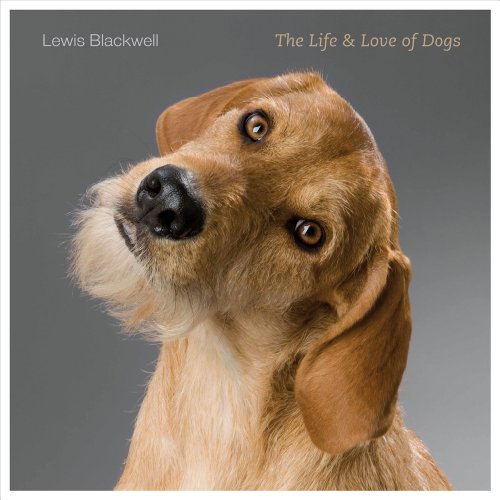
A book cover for The Life and Love of Dogs; Lewis Blackwell; Arts & Photography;